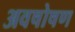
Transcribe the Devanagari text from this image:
अवषोषण